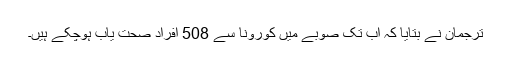
ترجمان نے بتایا کہ اب تک صوبے میں کورونا سے 508 افراد صحت یاب ہوچکے ہیں۔